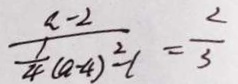
\frac { a - 2 } { \frac { 1 } { 4 } ( a - 4 ) ^ { 2 } - 1 } = \frac { 2 } { 3 }